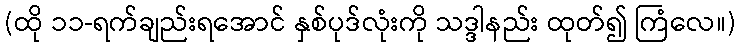
(ထို ၁၁-ရက်ချည်းရအောင် နှစ်ပုဒ်လုံးကို သဒ္ဒါနည်း ထုတ်၍ ကြံလေ။)